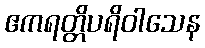
ဧကရတ္တိပရိဝါသေန